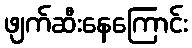
ဖျက်ဆီးနေကြောင်း